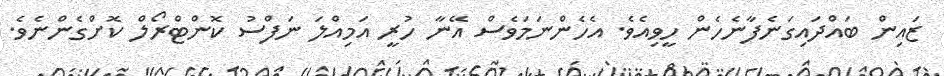
ޒައިން ބައްދައިގަނެފާނެހެން ހީވިއެވެ. އެހެންނަމަވެސް އޭނާ ހުރީ އަމިއްލަ ނަފްސު ކޮންޓްރޯލް ކޮށްގެންނެވެ.